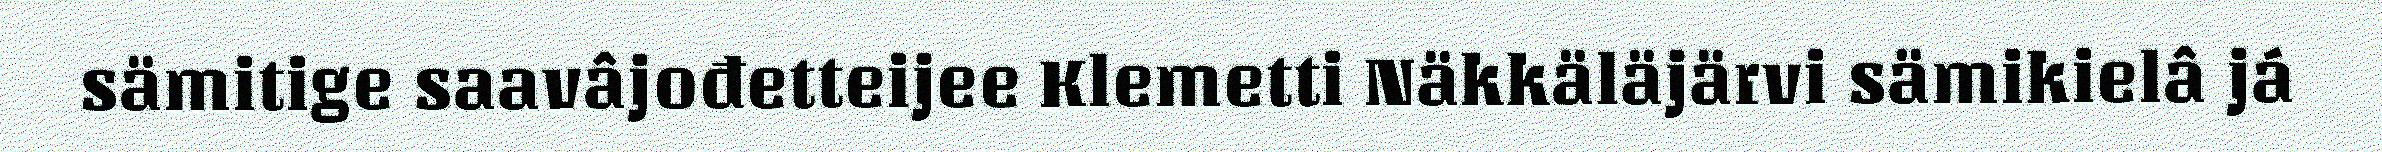
sämitige saavâjođetteijee Klemetti Näkkäläjärvi sämikielâ já